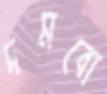
দমবো